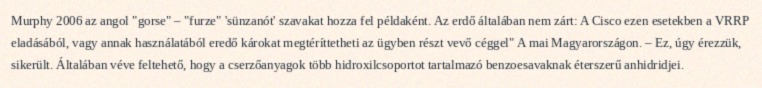
Murphy 2006 az angol "gorse" – "furze" 'sünzanót' szavakat hozza fel példaként. Az erdő általában nem zárt: A Cisco ezen esetekben a VRRP eladásából, vagy annak használatából eredő károkat megtéríttetheti az ügyben részt vevő céggel" A mai Magyarországon. – Ez, úgy érezzük, sikerült. Általában véve feltehető, hogy a cserzőanyagok több hidroxilcsoportot tartalmazó benzoesavaknak éterszerű anhidridjei.